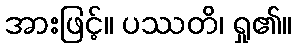
အားဖြင့်။ ပဿတိ၊ ရှု၏။